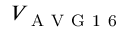
V _ { \mathrm { ~ A ~ V ~ G ~ 1 ~ 6 ~ } }